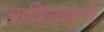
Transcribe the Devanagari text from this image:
आक्सिजनों